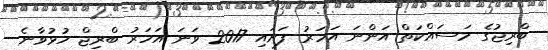
ބްރިޖުގެ މަސައްކަތް އަންނަ އަހަރު ފަށައި 2017 ވަނަ އަހަރު ބްރިޖް ހުޅުވާނެ